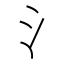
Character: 氵